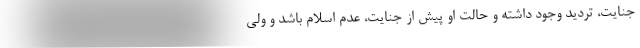
جنایت، تردید وجود داشته و حالت او پیش از جنایت، عدم اسلام باشد و ولی